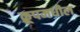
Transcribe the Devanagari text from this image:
क्रूपमधील